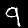
Label: 9